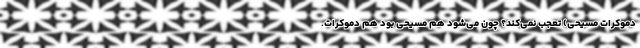
‌دموکرات مسیحی) تعجب نمی‌کند؟ چون می‌شود هم مسیحی بود هم دموکرات.